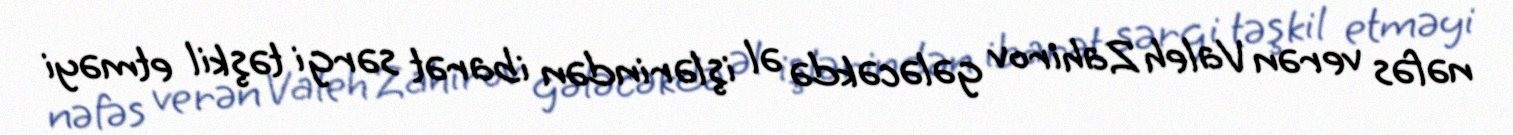
nəfəs verən Valeh Zahirov gələcəkdə əl işlərindən ibarət sərgi təşkil etməyi